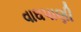
વાઘપાણી